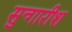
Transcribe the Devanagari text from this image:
सुन्गारीश